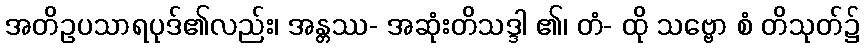
အတိဥပသာရပုဒ်၏လည်း၊ အန္တဿ- အဆုံးတိသဒ္ဒါ ၏၊ တံ- ထို သဗ္ဗော စံ တိသုတ်၌